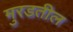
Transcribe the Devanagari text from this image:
मुरडतील